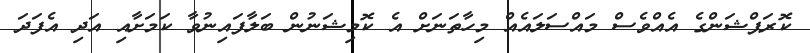
ކޮރަޕްޝަންގެ އެއްވެސް މައްސަލައެއް މިހާތަނަށް އެ ކޮމިޝަނުން ބަލާފައިނުވާ ކަމަށާއި އަދި އެފަދަ